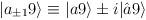
LaTeX: \begin{align*}|a_{\pm 1} 9\rangle \equiv |a 9\rangle \pm i |\hat{a} 9\rangle\end{align*}